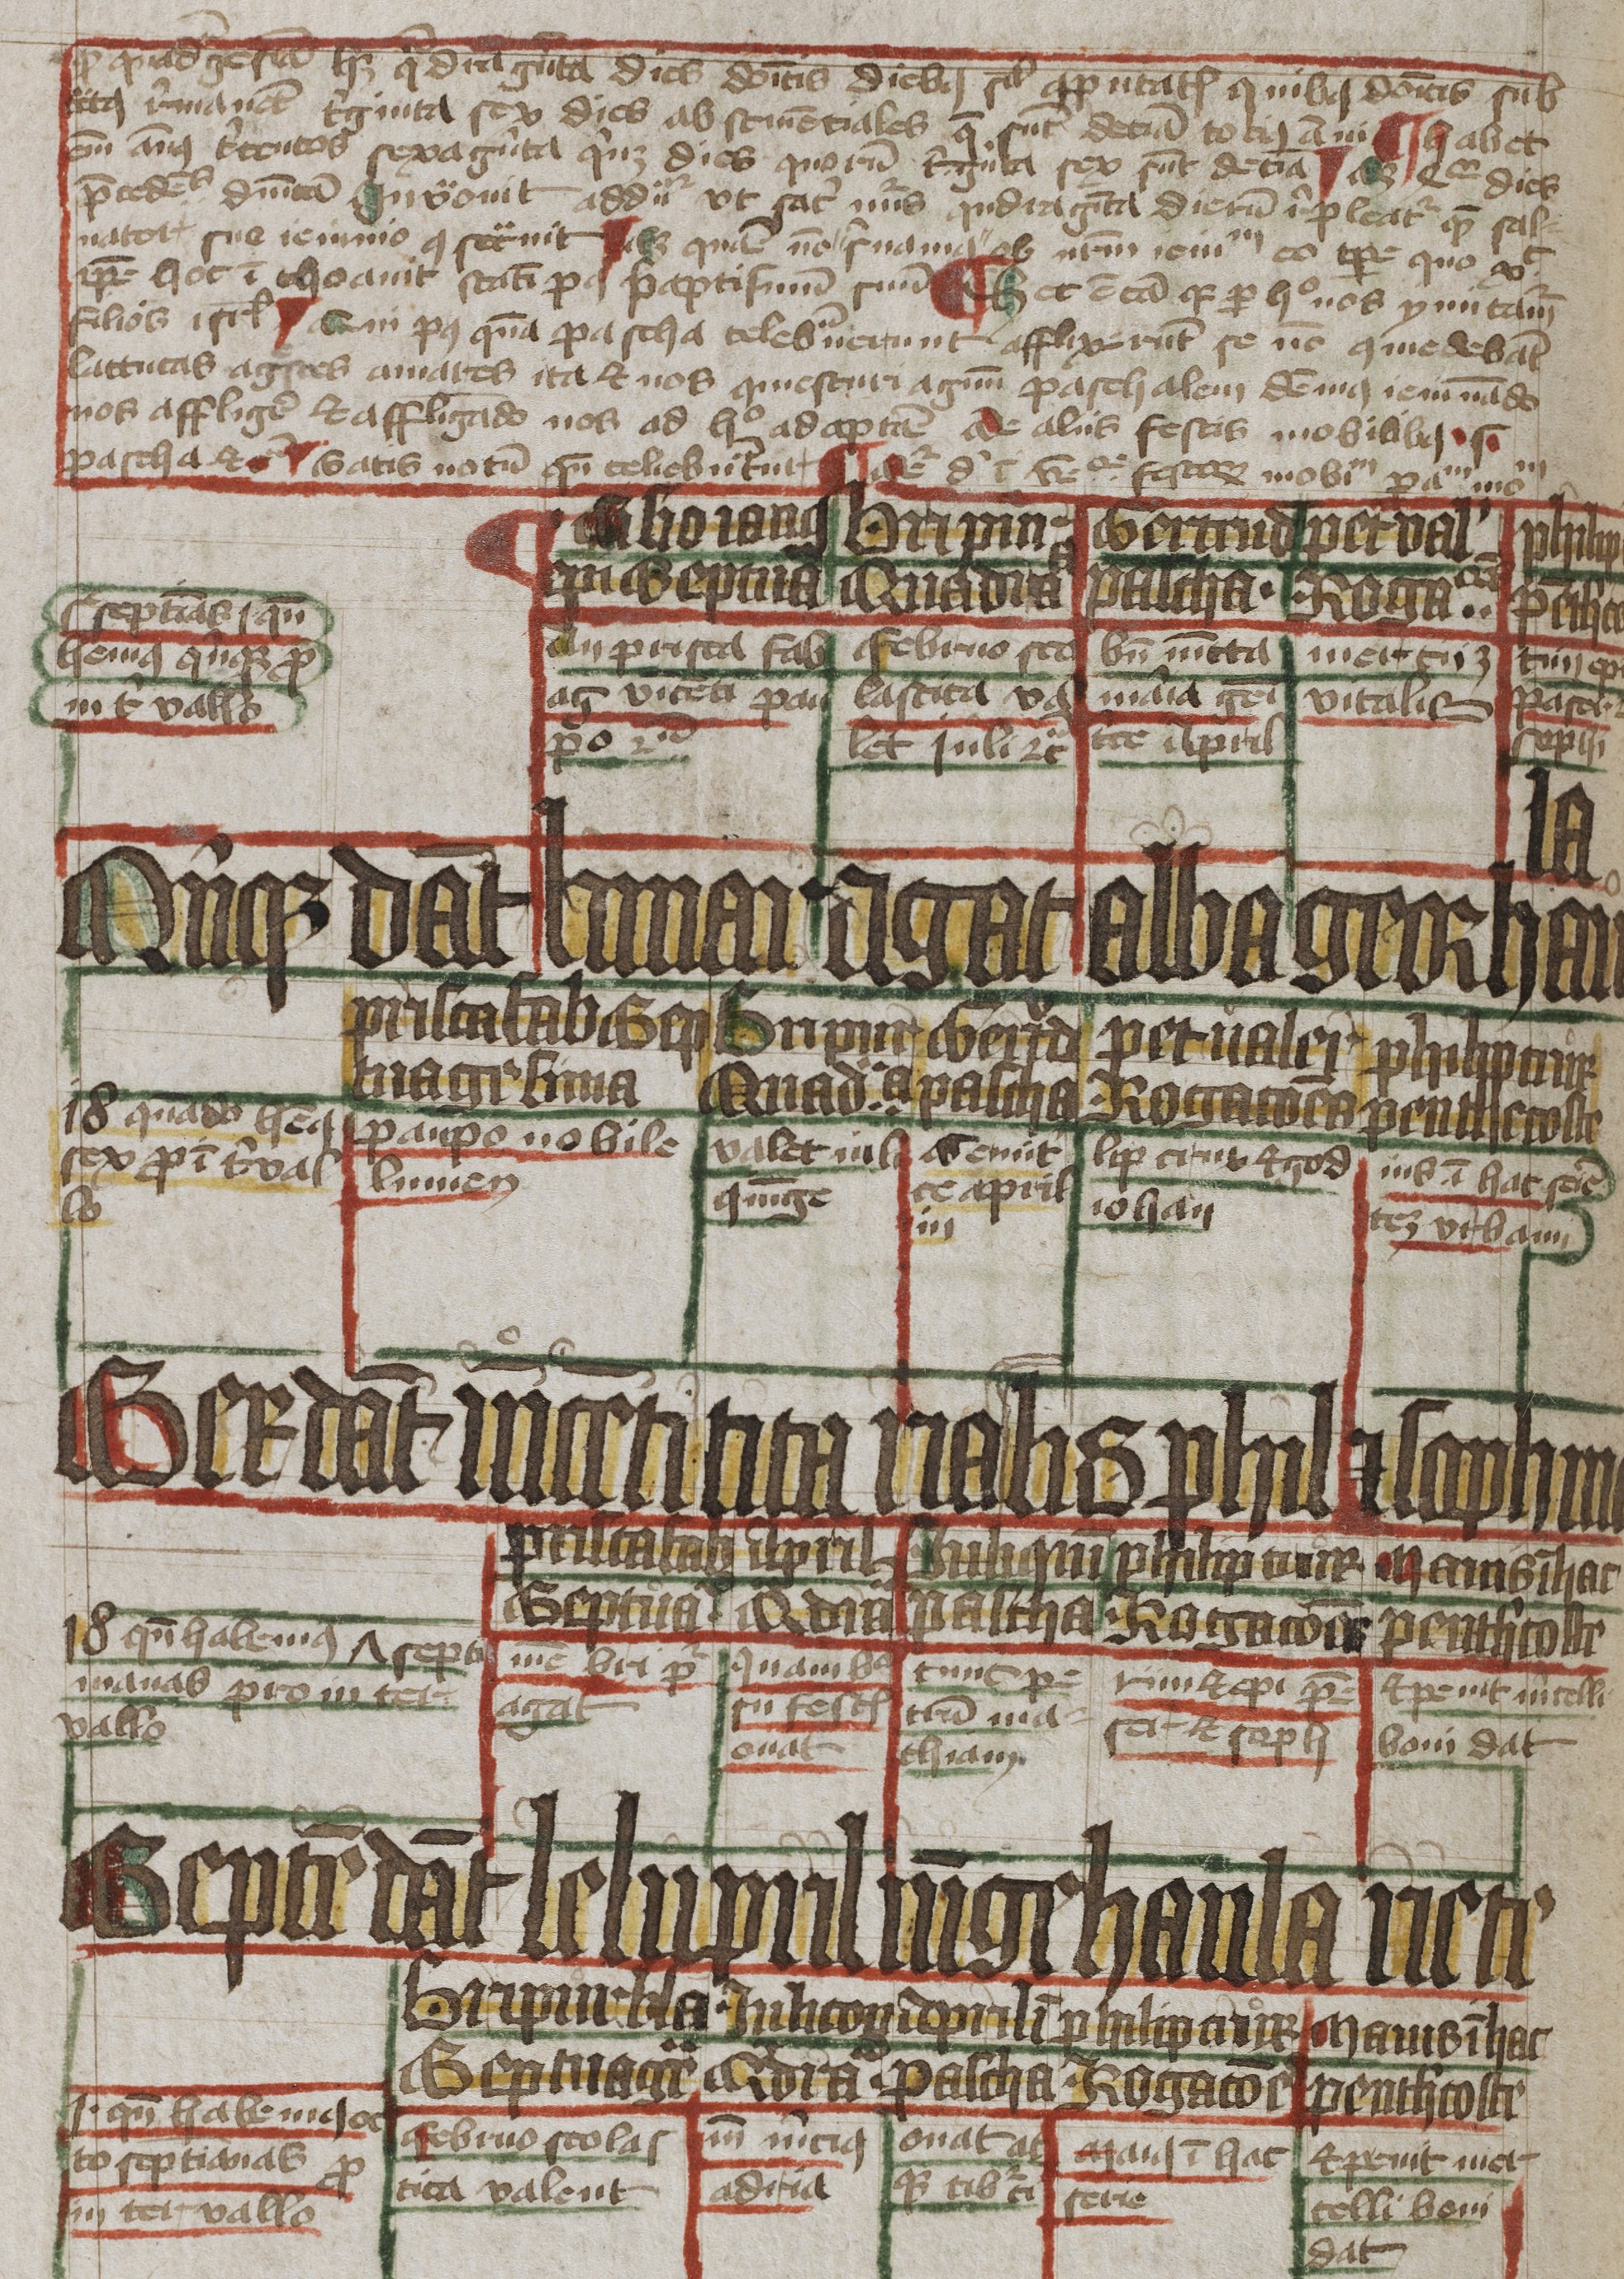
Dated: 1400–1449